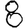
Digit: 8